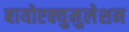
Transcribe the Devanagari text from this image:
बायोएक्युमुलेशन